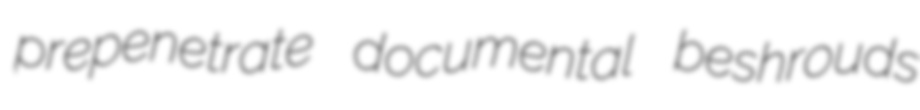
prepenetrate documental beshrouds